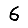
Digit: 6